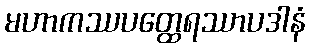
မဟာကဿပတ္ထေရဿာပဒါနံ